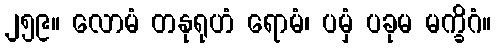
၂၅၉။ လောမံ တနုရုဟံ ရောမံ၊ ပမှံ ပခုမ မက္ခိဂံ။